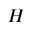
H